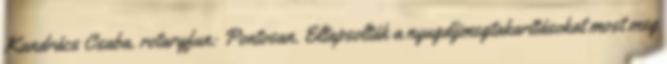
Kandrács Csaba. rotaryfun: Pontosan. Eltapsolták a nyugdíjmegtakarításokat most meg